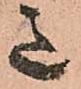
意